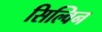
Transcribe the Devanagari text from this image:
सिल्विन